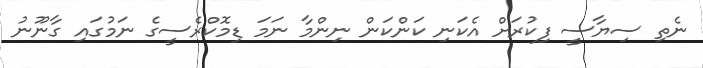
ނެތި ސިޔާސީ ފިކުރަށް އެކަނި ކަންކަން ނިންމާ ނަމަ ޑިމޮކްރެސީގެ ނަމުގައި ގާނޫނު